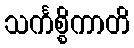
သင်္ကစ္စိကာတိ